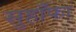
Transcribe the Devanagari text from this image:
सुहाँफा